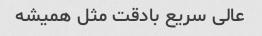
عالی سریع بادقت مثل همیشه